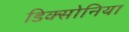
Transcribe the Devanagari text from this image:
डिक्सोनिया